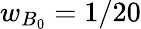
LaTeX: w_{B_{0}}=1/20